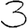
Digit: 3